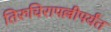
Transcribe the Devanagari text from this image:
तिरुचिरापल्लीपर्यंत